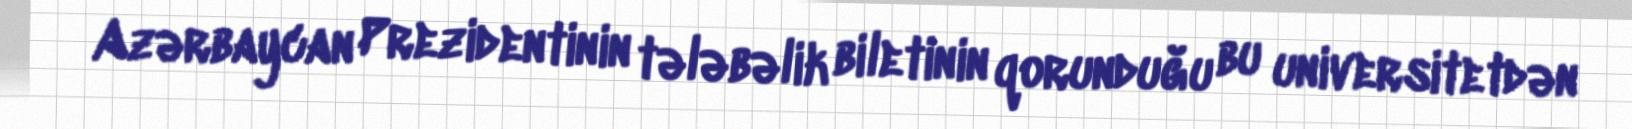
Azərbaycan Prezidentinin tələbəlik biletinin qorunduğu bu universitetdən